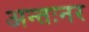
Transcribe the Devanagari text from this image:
अन्तःनर